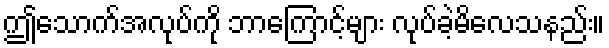
ဤသောက်အလုပ်ကို ဘာကြောင့်များ လုပ်ခဲ့မိလေသနည်း။